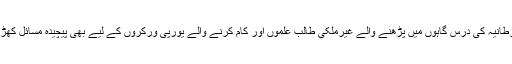
اس کے علاوہ برطانیہ کی درس گاہوں میں پڑھنے والے غیرملکی طالب علموں اور کام کرنے والے یورپی ورکروں کے لیے بھی پیچیدہ مسائل کھڑے ہوسکتے ہیں۔